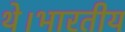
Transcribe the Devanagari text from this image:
थे।भारतीय